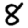
Digit: 8